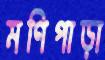
মণিপাড়া